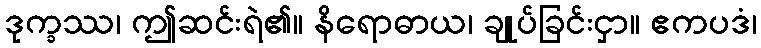
ဒုက္ခဿ၊ ဤဆင်းရဲ၏။ နိရောဓာယ၊ ချုပ်ခြင်းငှာ။ ဧကပဒံ၊